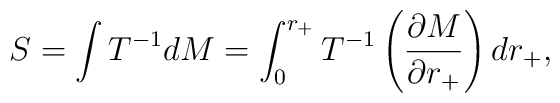
S = \int T^{-1}dM =\int ^{r_+}_0 T^{-1}\left (\frac{\partial M}     {\partial r_+}\right) dr_+,